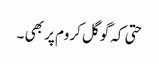
حتی کہ گوگل کروم پر بھی ۔